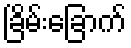
ခြိမ်းခြောက်